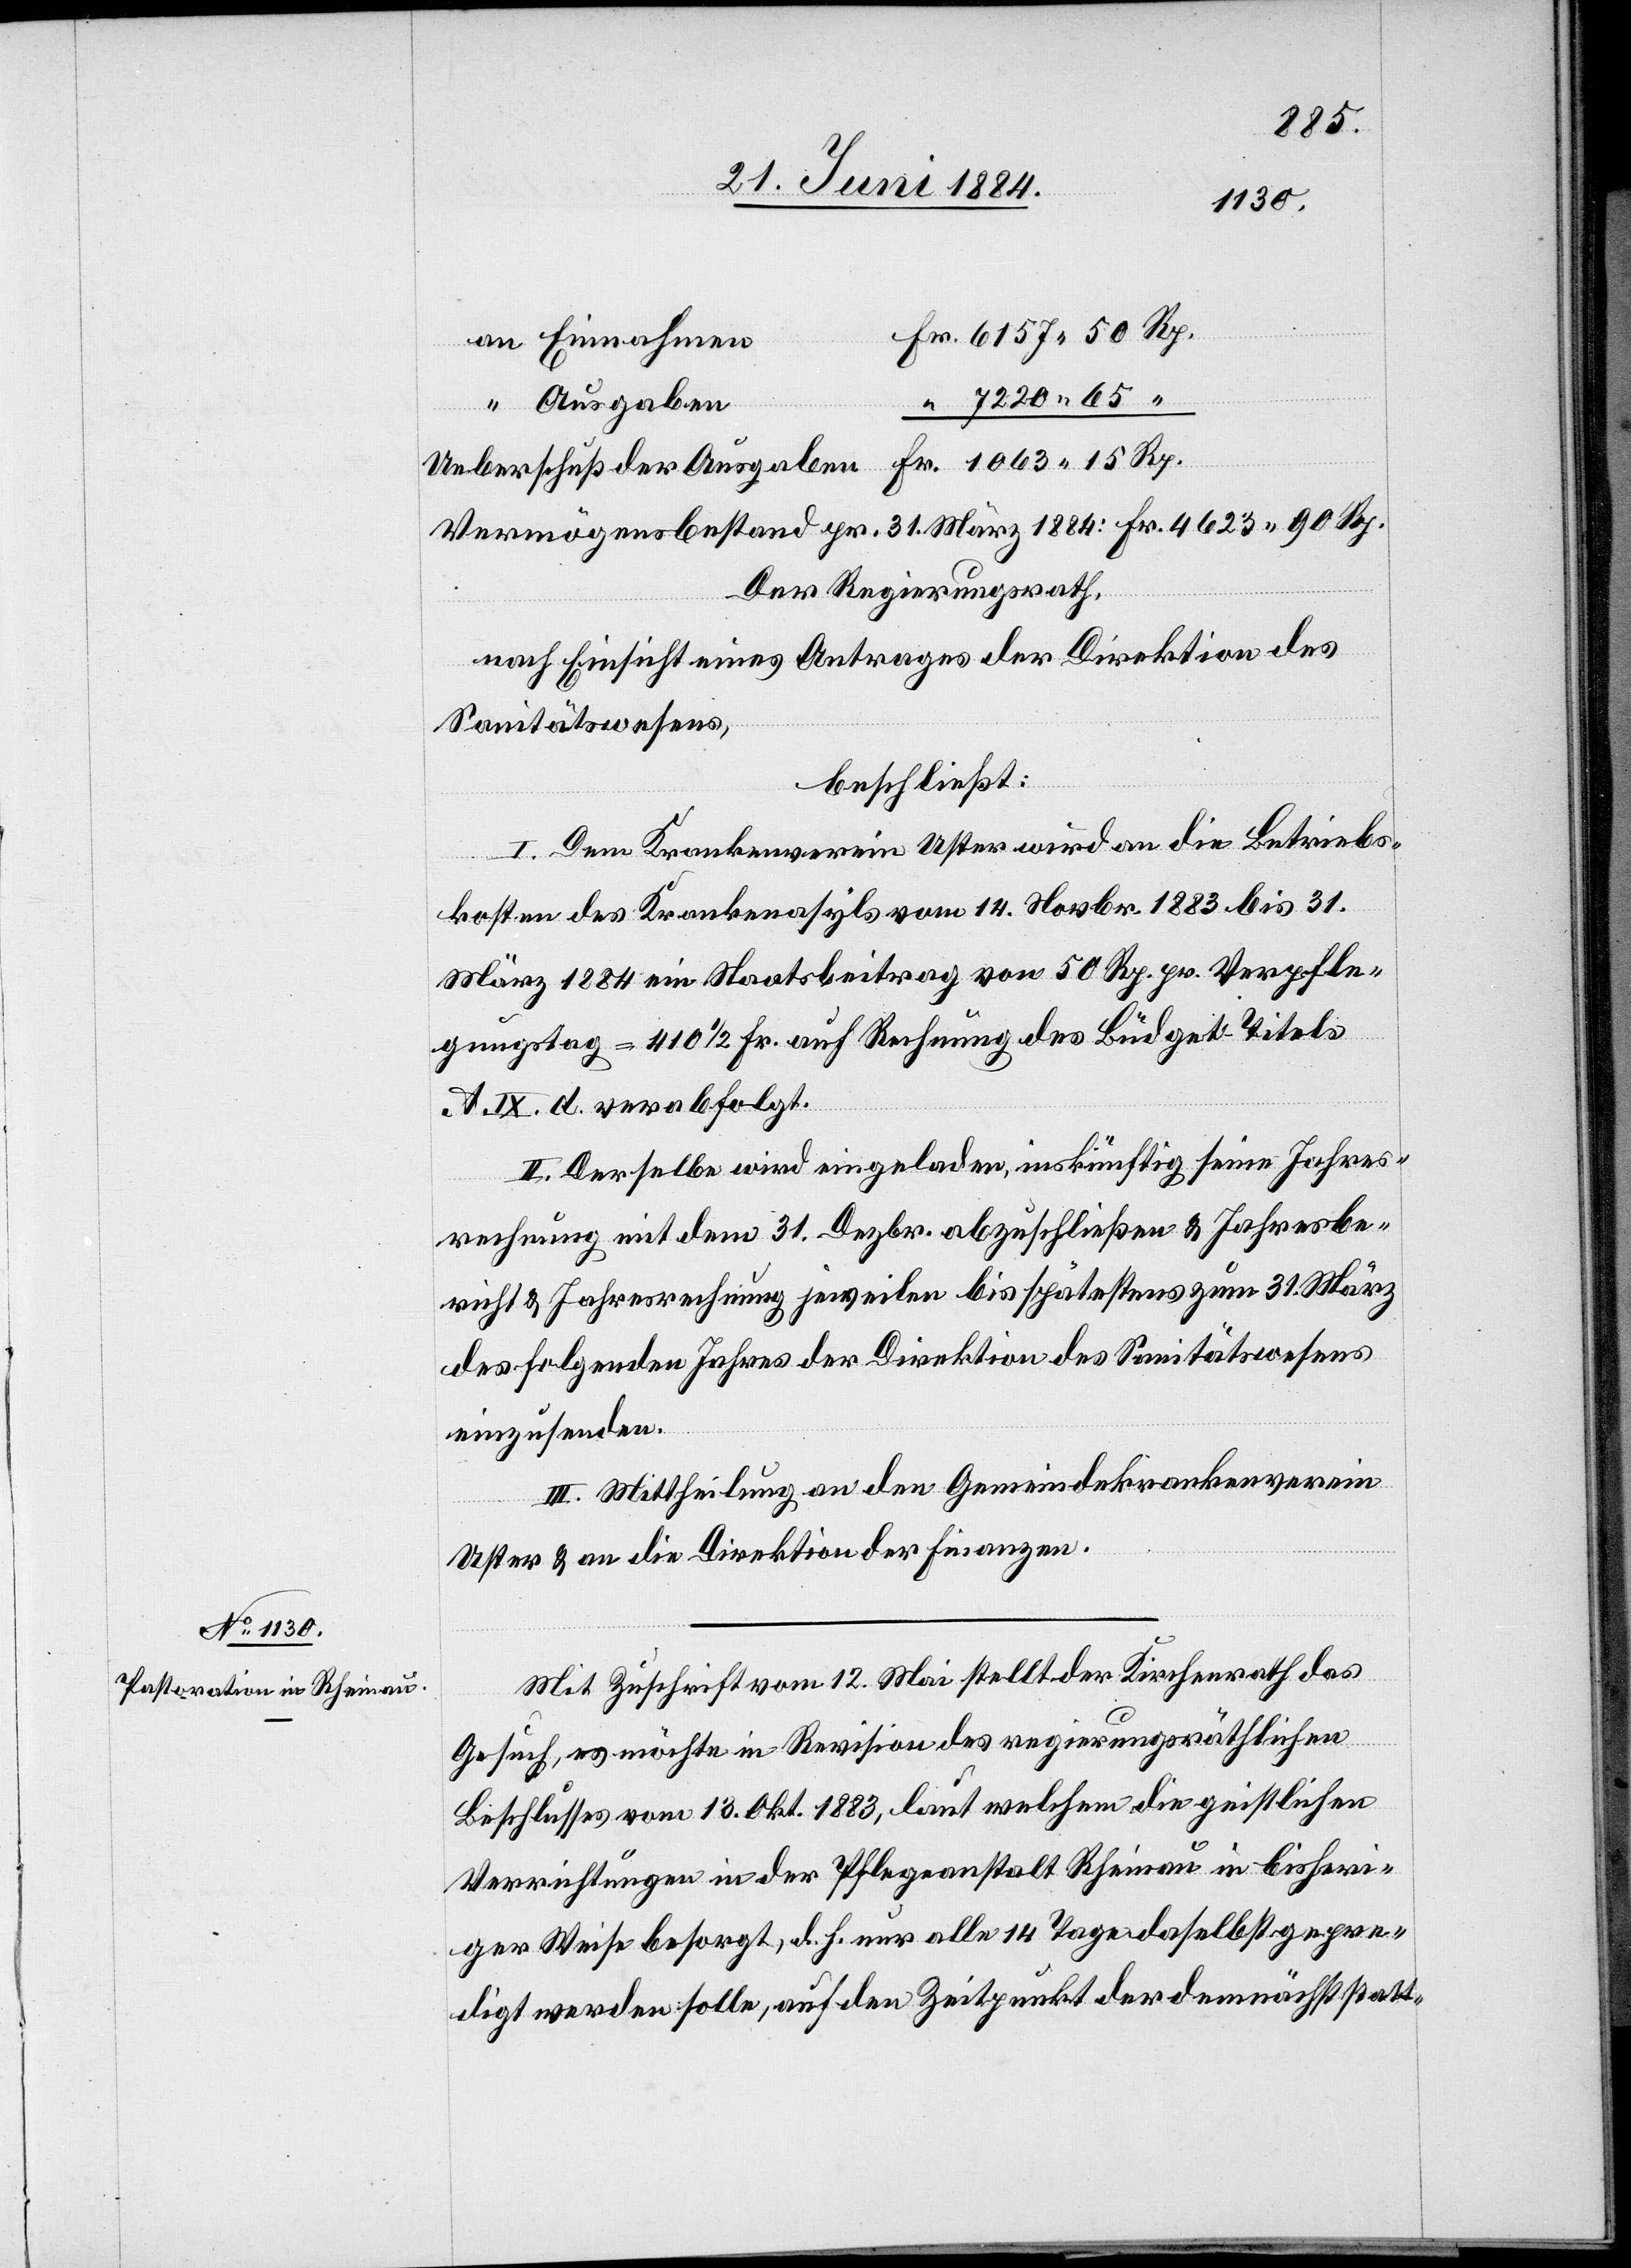
15
Ueberschuß de¬
r Ausgaben
Vermögensbestand pr. 31. März 1884: Fr. 4623 90 Rp.
Der Regierungsrath,
nach Einsicht eines Antrages der Direktion des
Sanitätswesens,
beschließt:
I. Dem Krankenverein Uster wird an die Betriebs¬
7220
kosten des Krankenasyls vom 14. Novbr. 1883 bis 31.
März 1884 ein Staatsbeitrag von 50 Rp. pr. Verpfle¬
gungstag = 410 1/2 Fr. auf Rechnung des Büdget-Titels
A. IX. d. verabfolgt.
II. Derselbe wird eingeladen, inskünftig seine Jahres¬
rechnung mit dem 31. Dezbr. abzuschließen & Jahresbe¬
richt & Jahresrechnung jeweilen bis spätestens zum 31. März
des folgenden Jahres der Direktion des Sanitätswesens
einzusenden.
III. Mittheilung an den Gemeindekrankenverein
Uster & an die Direktion der Finanzen.
Mit Zuschrift vom 12. Mai stellt der Kirchenrath das
Fr.
Gesuch, es möchte in Revision des regierungsräthlichen
Beschlusses vom 18. Okt. 1883, laut welchem die geistlichen
Verrichtungen in der Pflegeanstalt Rheinau in bisheri¬
ger Weise besorgt, d. h. nur alle 14 Tage daselbst gepre¬
digt werden solle, auf den Zeitpunkt der demnächst statt-